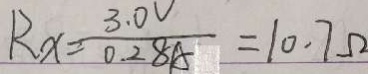
R _ { x } = \frac { 3 . 0 V } { 0 . 2 8 A } = 1 0 . 7 \Omega